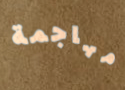
مهاجمة